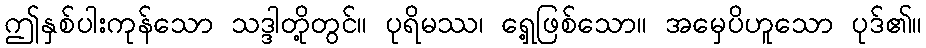
ဤနှစ်ပါးကုန်သော သဒ္ဒါတို့တွင်။ ပုရိမဿ၊ ရှေ့ဖြစ်သော။ အမှေပိဟူသော ပုဒ်၏။